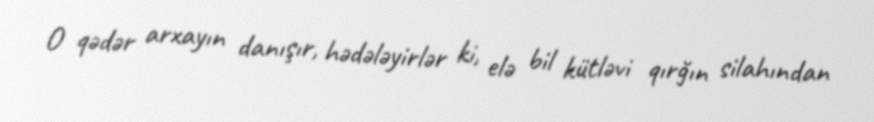
O qədər arxayın danışır, hədələyirlər ki, elə bil kütləvi qırğın silahından